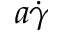
a \dot { \gamma }